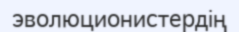
эволюционистердің